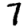
Digit: 7